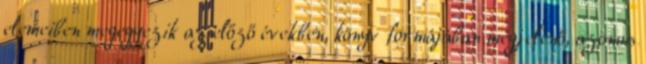
elemeiben megegyezik az előző években, könyv formájában megjelenő, azonos